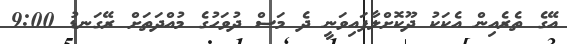
އޭގެ ތެރެއިން އެކަކު ދޫކޮށްލާފައިވަނީ ދެ މަސް ދުވަހުގެ މުއްދަތަށް ރޭގަނޑު 9:00